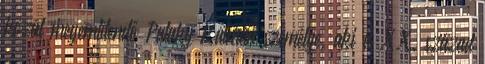
közül megemlítendő Pataky Kálmán személye, aki a XX. század